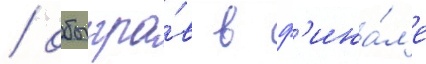
/ обыгра́в в ф'ина́л'е